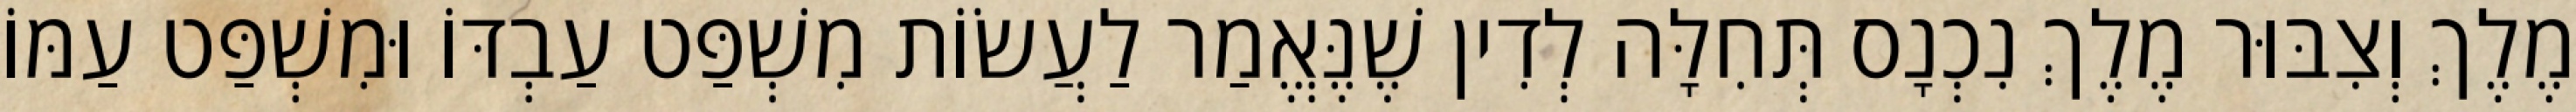
מֶלֶךְ וְצִבּוּר מֶלֶךְ נִכְנָס תְּחִלָּה לְדִין שֶׁנֶּאֱמַר לַעֲשׂוֹת מִשְׁפַּט עַבְדּוֹ וּמִשְׁפַּט עַמּוֹ